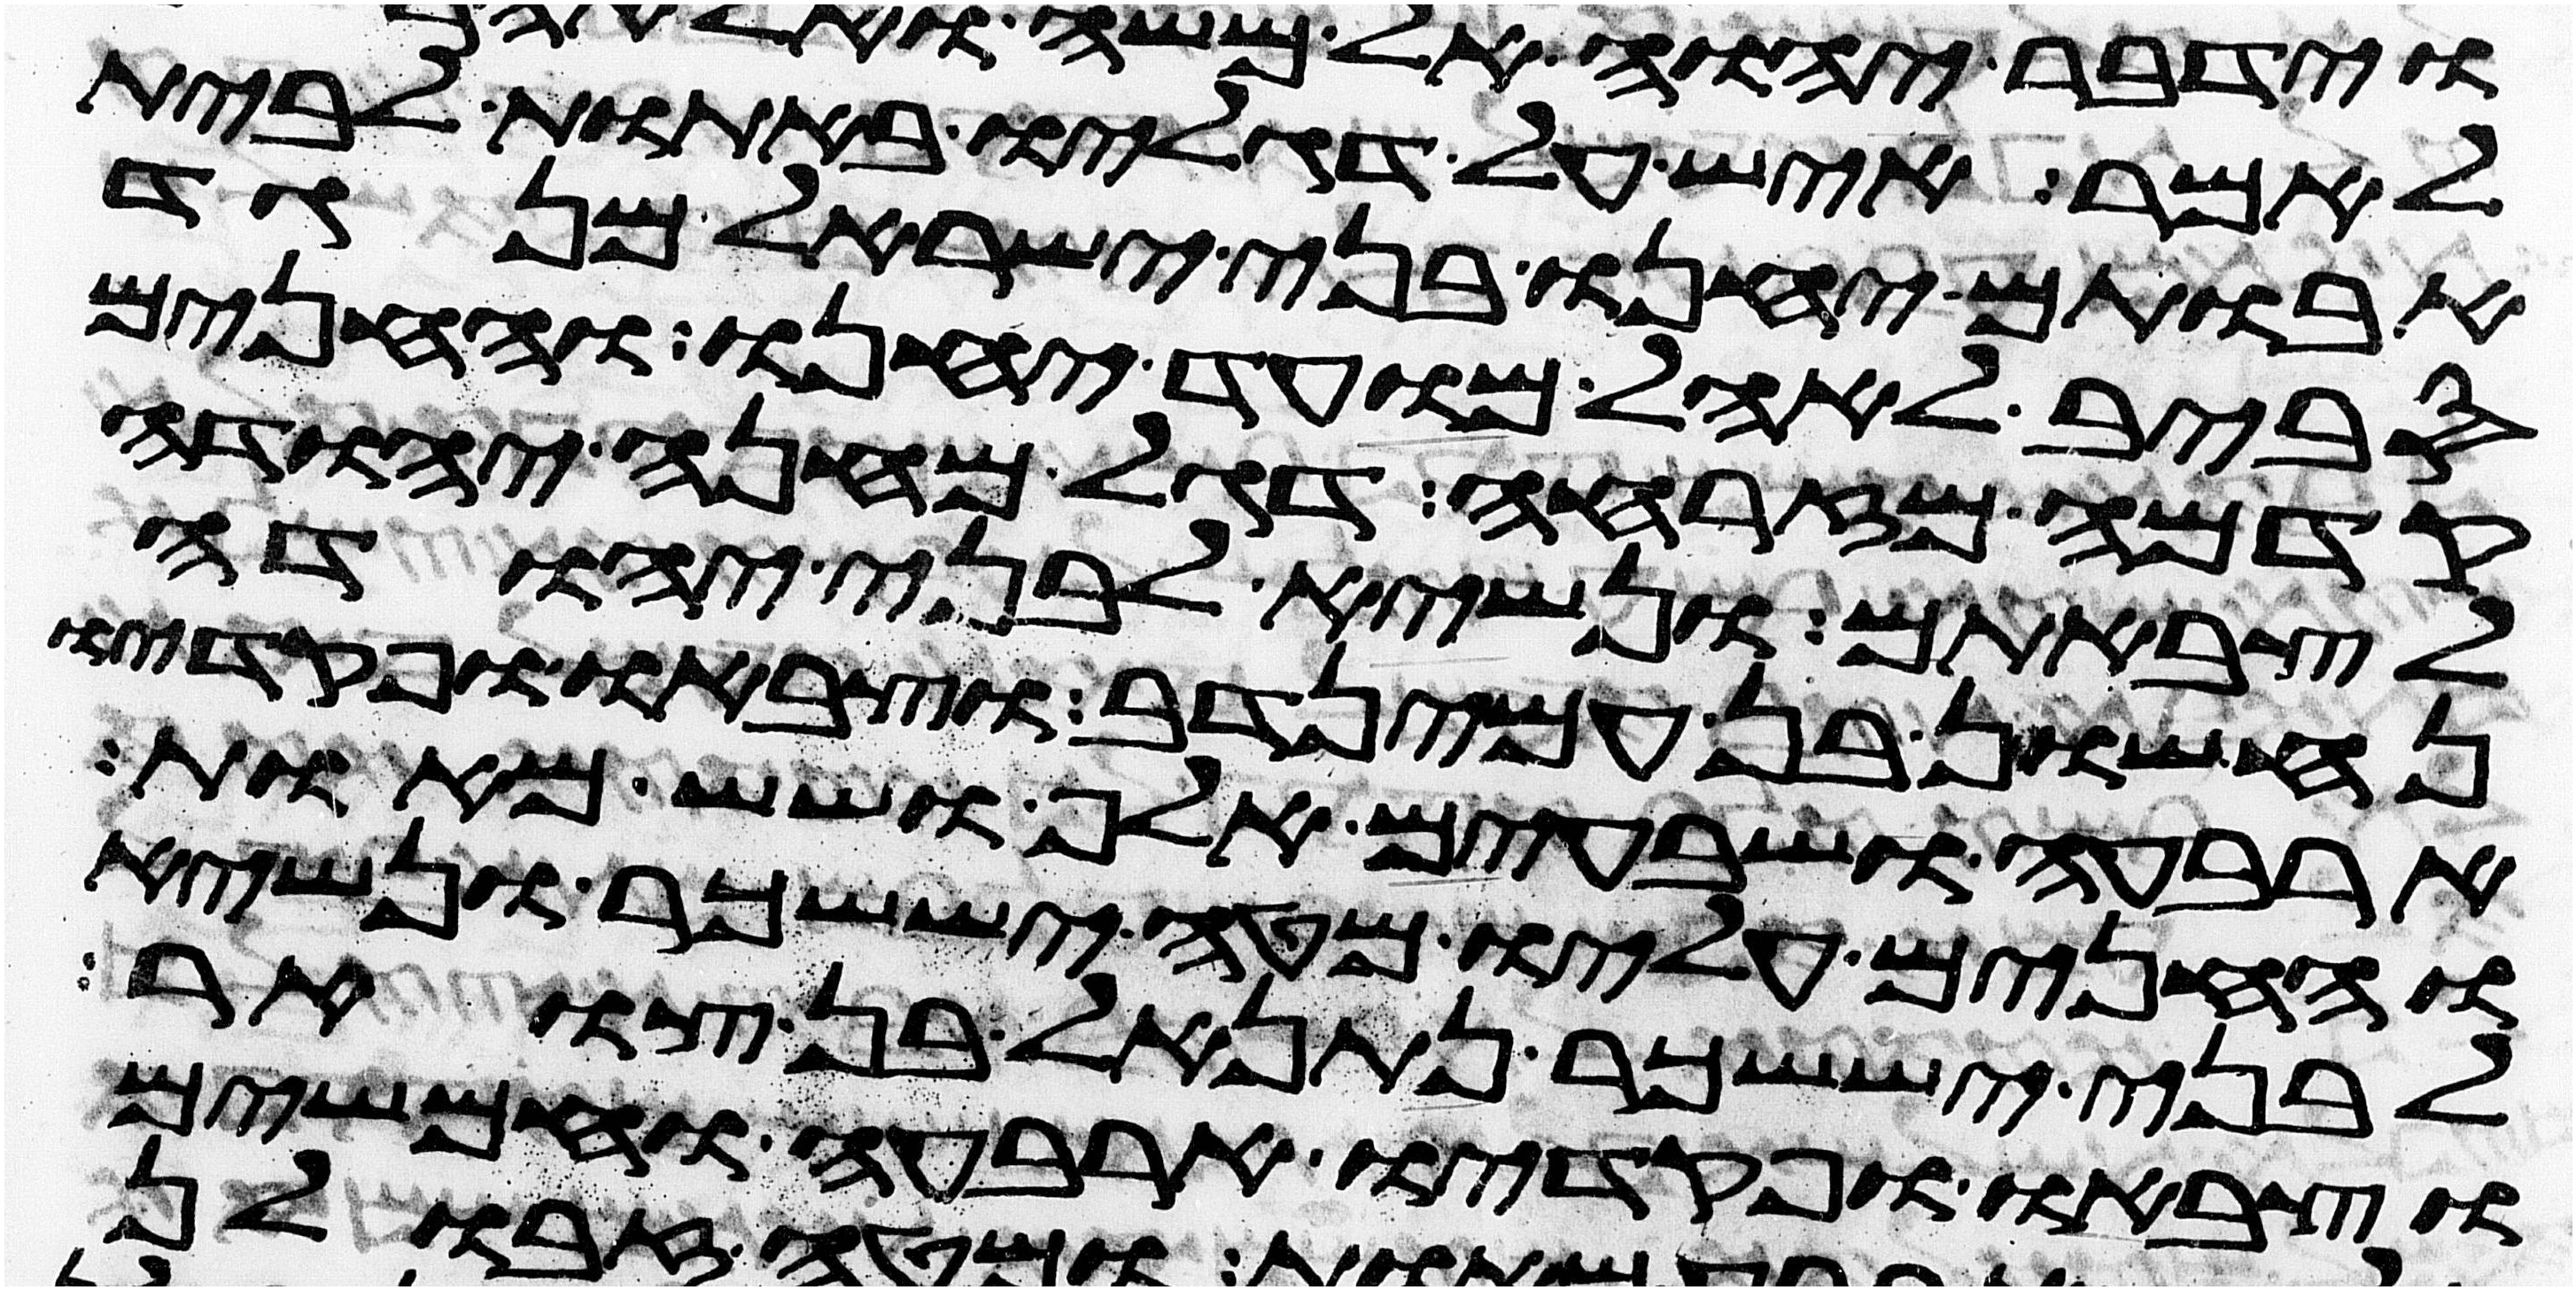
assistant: לאמר איש על דגליו באתות לבית
אבותם יחנו בני ישראל מנגד
סביב לאהל מועד יחנו והחנים
קדמה מזרחה דגל מחנה יהודה
לצבאתם ונשיא לבני יהודה
נחשון בן עמינדב וצבאו ופקדיו
ארבעה ושבעים אלף ושש מאות
והחנים עליו מטה יששכר ונשיא
לבני יששכר נתנאל בן צוער
וצבאו ופקדיו ארבעה וחמשים